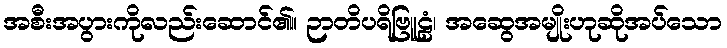
အစီးအပွားကိုလည်းဆောင်၏။ ဉာတိပရိဗြူဠံ၊ အဆွေအမျိုးဟုဆိုအပ်သော